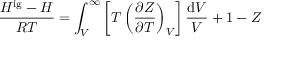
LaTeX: { \frac { H ^ { \mathrm { i g } } - H } { R T } } = \int _ { V } ^ { \infty } \left[ T \left( { \frac { \partial Z } { \partial T } } \right) _ { V } \right] { \frac { \mathrm { d } V } { V } } + 1 - Z